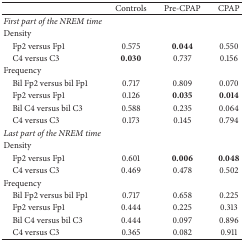
<table><thead><tr><td><b> </b></td><td><b>Controls </b></td><td><b>Pre-CPAP</b></td><td><b>CPAP</b></td></tr></thead><tbody><tr><td><i>First part of the NREM time</i></td><td> </td><td> </td><td> </td></tr><tr><td>Density</td><td> </td><td> </td><td> </td></tr><tr><td> Fp2 versus Fp1</td><td>0.575</td><td><b>0.044</b></td><td>0.550</td></tr><tr><td> C4 versus C3</td><td><b>0.030</b></td><td>0.737</td><td>0.156</td></tr><tr><td>Frequency</td><td> </td><td> </td><td> </td></tr><tr><td> Bil Fp2 versus bil Fp1</td><td>0.717</td><td>0.809</td><td>0.070</td></tr><tr><td> Fp2 versus Fp1</td><td>0.126</td><td><b>0.035</b></td><td><b>0.014</b></td></tr><tr><td> Bil C4 versus bil C3</td><td>0.588</td><td>0.235</td><td>0.064</td></tr><tr><td> C4 versus C3</td><td>0.173</td><td>0.145</td><td>0.794</td></tr><tr><td><i>Last part of the NREM time</i></td><td> </td><td> </td><td> </td></tr><tr><td>Density</td><td> </td><td> </td><td> </td></tr><tr><td> Fp2 versus Fp1</td><td>0.601</td><td><b>0.006</b></td><td><b>0.048</b></td></tr><tr><td> C4 versus C3</td><td>0.469</td><td>0.478</td><td>0.502</td></tr><tr><td>Frequency</td><td> </td><td> </td><td> </td></tr><tr><td> Bil Fp2 versus bil Fp1</td><td>0.717</td><td>0.658</td><td>0.225</td></tr><tr><td> Fp2 versus Fp1</td><td>0.444</td><td>0.225</td><td>0.313</td></tr><tr><td> Bil C4 versus bil C3</td><td>0.444</td><td>0.097</td><td>0.896</td></tr><tr><td> C4 versus C3</td><td>0.365</td><td>0.082</td><td>0.911</td></tr></tbody></table>